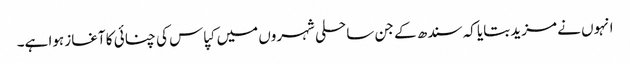
انہوں نے مزید بتایا کہ سندھ کے جن ساحلی شہروں میں کپاس کی چنائی کا آغاز ہوا ہے۔